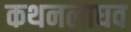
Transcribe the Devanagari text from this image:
कथनलाघव